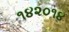
૧૪૨૦૧૪